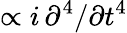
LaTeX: \propto i\, \partial^{4}/\partial t^{4}